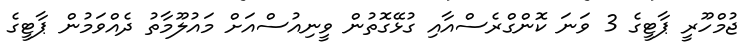
ޖުމްހޫރީ ޕާޓީގެ 3 ވަނަ ކޮންގްރެސްއާއި ގުޅޭގޮތުން ވީނިއުސްއަށް މައުލޫމާތު ދެއްވަމުން ޕާޓީގެ